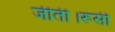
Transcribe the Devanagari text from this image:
जीती।रूसी